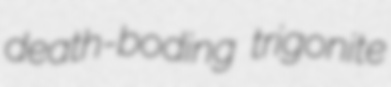
death-boding trigonite